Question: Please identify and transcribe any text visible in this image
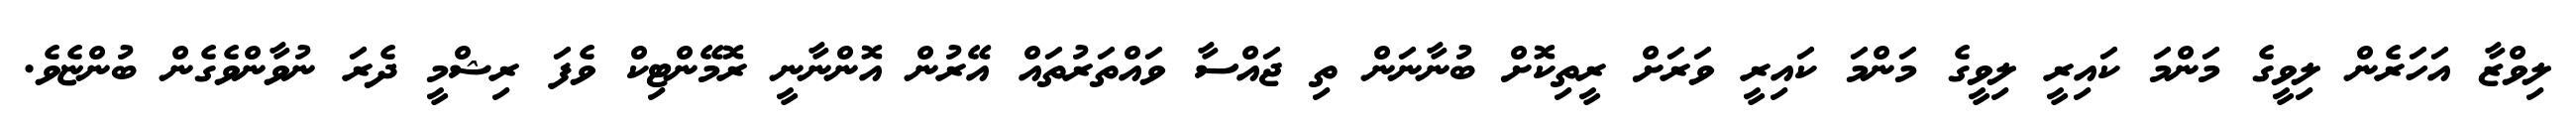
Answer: ލިވްޒާ އަހަރެން ލިވީގެ މަންމަ ކައިރީ ލިވީގެ މަންމަ ކައިރީ ވަރަށް ރީތިކޮށް ބުނާނަން ތި ޖައްސާ ވައްތަރުތައް އޭރުން އޮންނާނީ ރޮމޭންޓިކް ވެފަ ރިޝްމީ ދެރަ ނުވާންވެގެން ބުންޏެވެ.